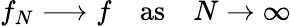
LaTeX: f_{N}\longrightarrow f\quad\mathrm{as}\quad N\rightarrow\infty